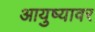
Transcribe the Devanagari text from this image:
आयुष्‍यावर